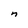
Character: n